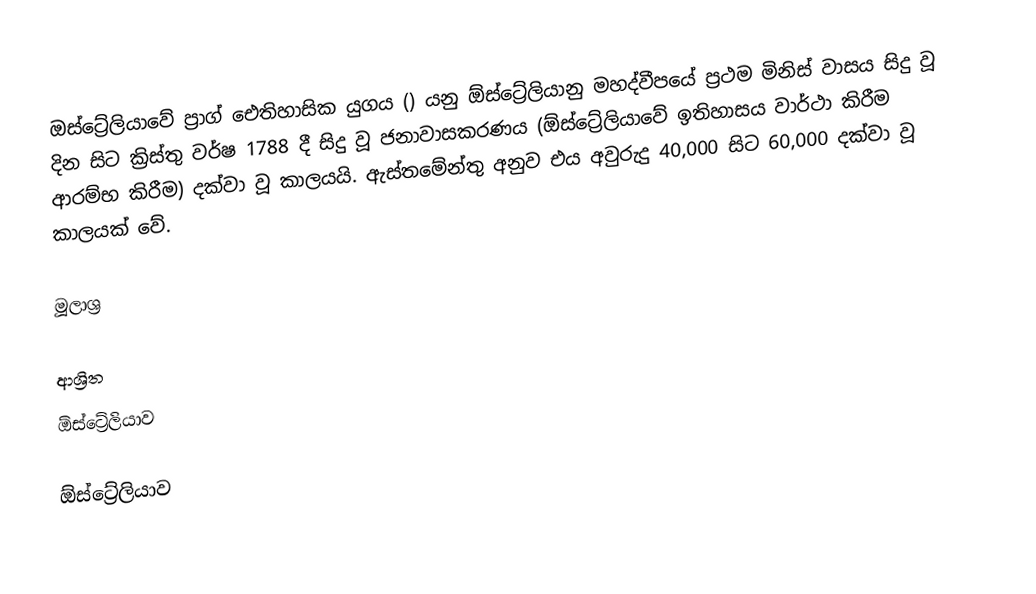
ඔස්ට්‍රේලියාවේ ප්‍රාග් ඓතිහාසික යුගය () යනු ඕස්ට්‍රේලියානු මහද්වීපයේ ප්‍රථම මිනිස් වාසය සිදු වූ දින සිට ක්‍රිස්තු වර්ෂ 1788 දී සිදු වූ ජනාවාසකරණය (ඕස්ට්‍රේලියාවේ ඉතිහාසය වාර්ථා කිරීම ආරම්භ කිරීම) දක්වා වූ කාලයයි. ඇස්තමේන්තු අනුව එය අවුරුදු 40,000 සිට 60,000 දක්වා වූ කාලයක් වේ.

මූලාශ්‍ර

ආශ්‍රිත
 ඕස්ට්‍රේලියාව

ඕස්ට්‍රේලියාව